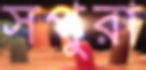
সপুরা